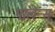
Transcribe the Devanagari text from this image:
पालेन्स